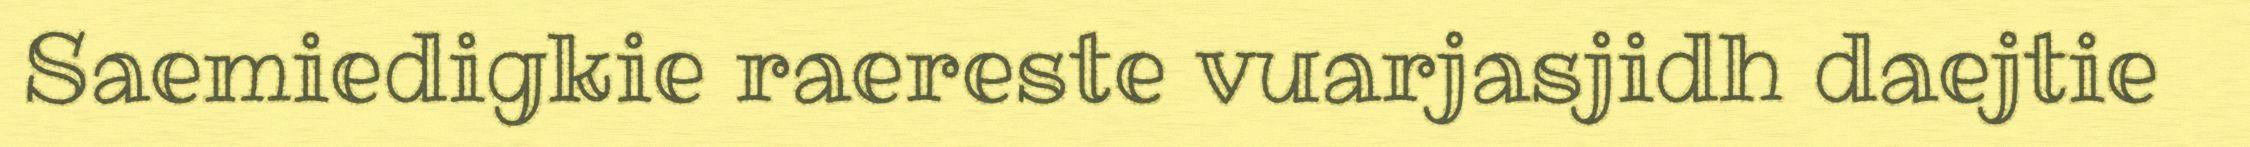
Saemiedigkie raereste vuarjasjidh daejtie